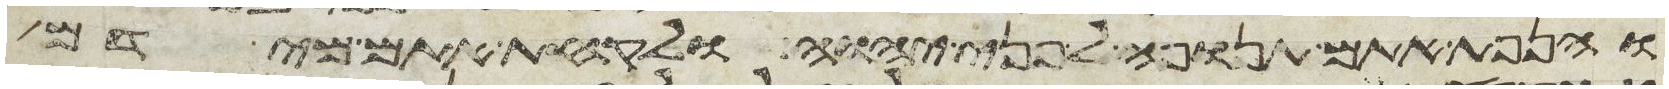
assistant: והנפת אתם תנופה לפני יהוה ולקחת אתם מידם